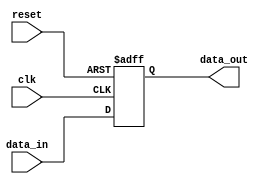
module timing_control_sync (
   input wire clk,
   input wire reset,
   input wire data_in,
   output reg data_out
);

reg delayed_data;

assign data_out = delayed_data;

// Transmission gate delay
always @(posedge clk or posedge reset) begin
   if (reset) begin
      delayed_data <= 1'b0;
   end else begin
      delayed_data <= data_in;
   end
end

endmodule